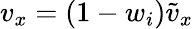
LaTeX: v_{x}=(1-w_{i})\tilde{v}_{x}